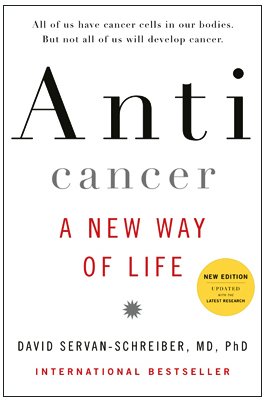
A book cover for Anticancer: A New Way of Life; David Servan-Schreiber; Medical Books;